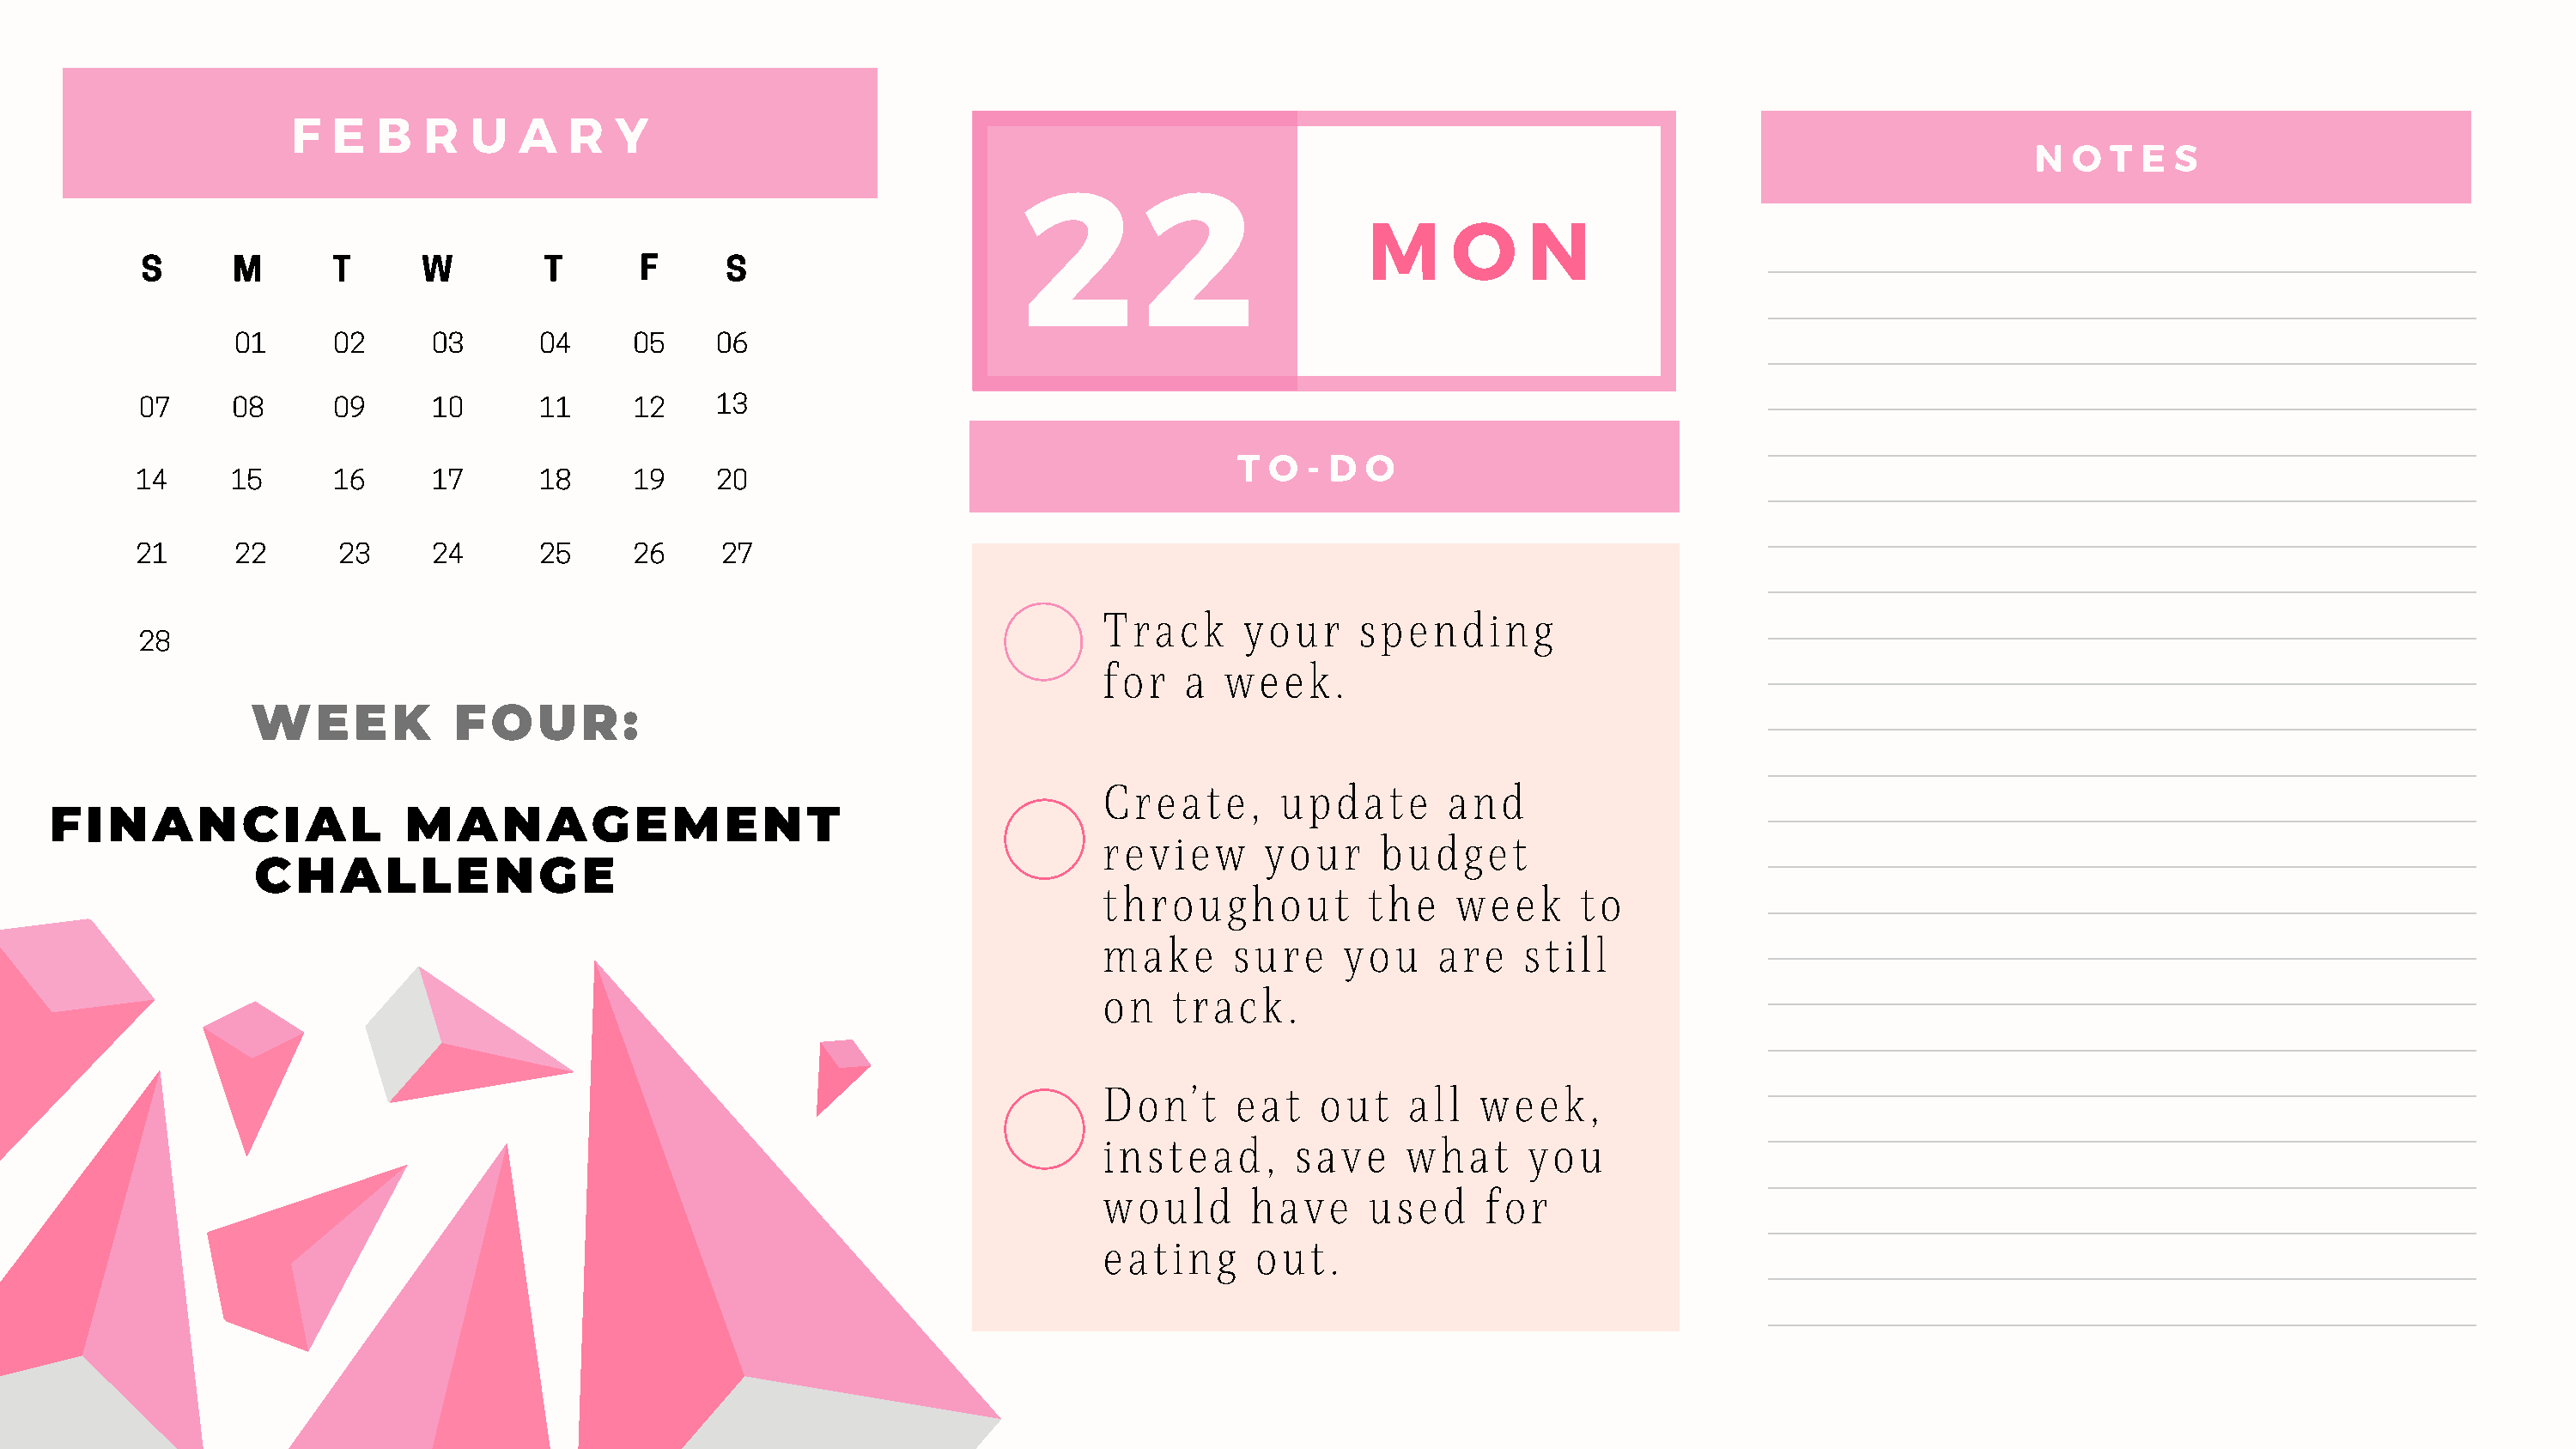
F   E  B   R  U   A   R  Y
 2        2                                                                    N  O  T E  S
 M      O     N
 S      M       T     W         T      F      S
 01      02     03       04     05    06
 07     08      09     10       11     12    13
 T  O  - D O
 14      15      16     17       18     19    20
 21      22      23     24       25     26     27
 Track      your     spending
 28
 for   a  week.
 WEEK            FOUR:
 Create,       update       and
 FINANCIAL                  MANAGEMENT
 review      your     budget
 CHALLENGE
 throughout          the    week      to
 make      sure     you    are   still
 on   track.
 Don’t     eat    out    all  week,
 instead,       save    what      you
 would      have      used    for
 eating      out.